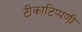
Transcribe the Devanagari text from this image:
टीकाटिप्पणी